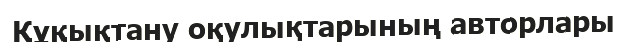
Құқықтану оқулықтарының авторлары